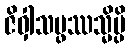
ဇိဝှါသမ္ဖဿသ္မိမ္ပိ